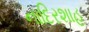
નાદિરશાહ